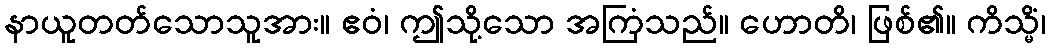
နာယူတတ်သောသူအား။ ဧဝံ၊ ဤသို့သော အကြံသည်။ ဟောတိ၊ ဖြစ်၏။ ကိသ္မိံ၊